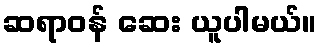
ဆရာဝန် ဆေး ယူပါမယ်။